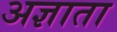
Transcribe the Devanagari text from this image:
अज्ञाता